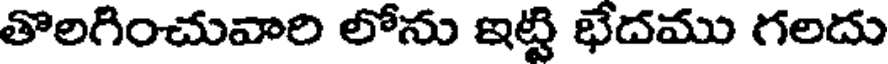
తొలగించువారి లోను ఇట్టి భేదము గలదు